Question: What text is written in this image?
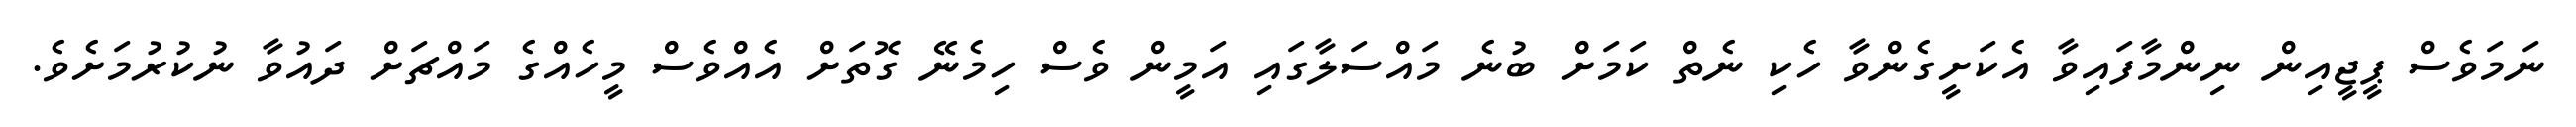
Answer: ނަމަވެސް ޕީޖީއިން ނިންމާފައިވާ އެކަށީގެންވާ ހެކި ނެތް ކަމަށް ބުނެ މައްސަލާގައި އަމީން ވެސް ހިމެނޭ ގޮތަށް އެއްވެސް މީހެއްގެ މައްޗަށް ދައުވާ ނުކުރުމަށެވެ.